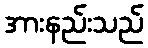
အားနည်းသည်